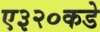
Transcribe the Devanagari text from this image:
ए३२०कडे